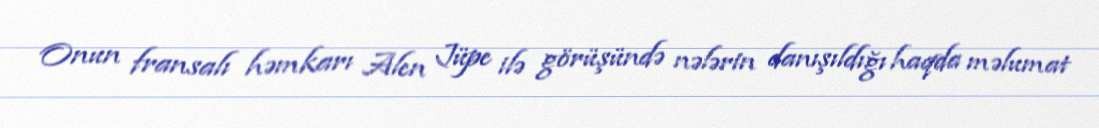
Onun fransalı həmkarı Alen Jüpe ilə görüşündə nələrin danışıldığı haqda məlumat